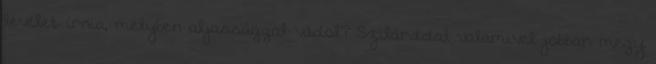
levelet írnia, melyben aljassággal vádol? Szilárddal valamivel jobban megy